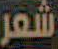
شعر